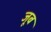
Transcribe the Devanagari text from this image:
जूब